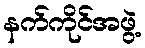
နက်ကိုင်အဖွဲ့